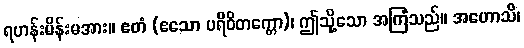
ရဟန်းမိန်းမအား။ ဧတံ (ဧသော ပရိဝိတက္ကော)၊ ဤသို့သော အကြံသည်။ အဟောသိ၊